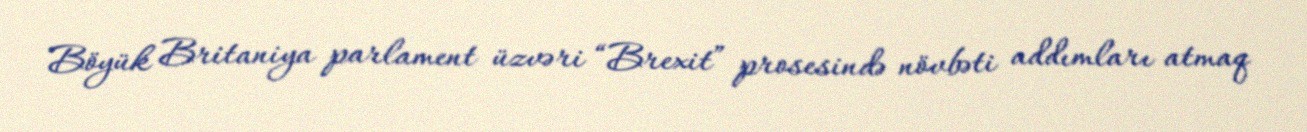
Böyük Britaniya parlament üzvəri “Brexit” prosesində növbəti addımları atmaq